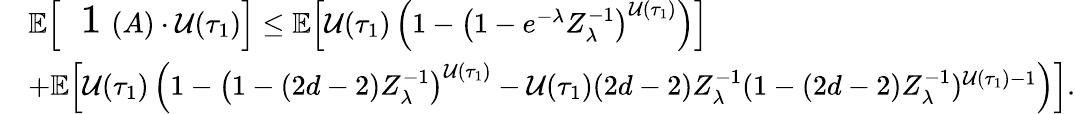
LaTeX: \begin{array}{rl}&{\mathbb{E}\! \left[{\mathrm{\Large~\mathfrak~1~}}(A)\cdot\mathcal{U}(\tau_{1})\right]\leq\mathbb{E}\! \left[\mathcal{U}(\tau_{1})\left(1-\left(1-e^{-\lambda}Z_{\lambda}^{-1}\right)^{\mathcal{U}(\tau_{1})}\right)\right]}\\ &{+\mathbb{E}\! \left[\mathcal{U}(\tau_{1})\left(1-\left(1-(2d-2)Z_{\lambda}^{-1}\right)^{\mathcal{U}(\tau_{1})}-\mathcal{U}(\tau_{1})(2d-2)Z_{\lambda}^{-1}(1-(2d-2)Z_{\lambda}^{-1})^{\mathcal{U}(\tau_{1})-1}\right)\right].}\end{array}